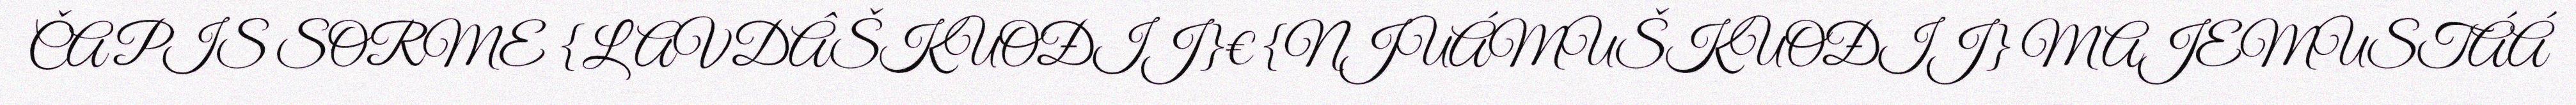
ČAPIS SORME {LAVDÂŠKUOĐIJ}€{NJUÁMUŠKUOĐIJ} MAJEMUSTÁÁ